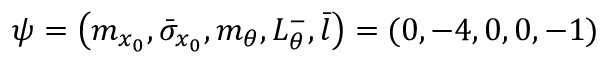
\psi = \left( m _ { x _ { 0 } } , \bar { \sigma } _ { x _ { 0 } } , m _ { \theta } , L _ { \theta } ^ { - } , \bar { l } \right) = ( 0 , - 4 , 0 , 0 , - 1 )